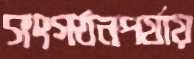
সংগঠনপর্যায়